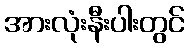
အားလုံးနီးပါးတွင်